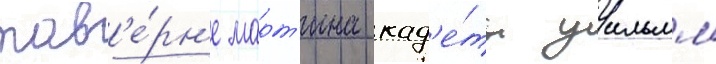
тав'е́рн'е март'ина кад'е́ты уильям